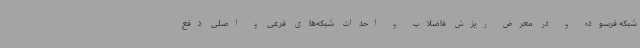
شبکه فرسوده و در معرض ریزش فاضلاب و احداث شبکه‌های فرعی و اصلی دفع